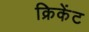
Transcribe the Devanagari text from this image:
क्रिकेंट